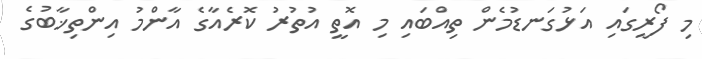
މި ފޯރީގައި އަޅުގަނޑުމެން ތިއްބައި މި އޮތީ އުތުރު ކޮރެއާގެ އާންމު އިންތިޚާބުގެ